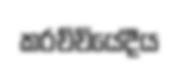
කරච්චියේදීය